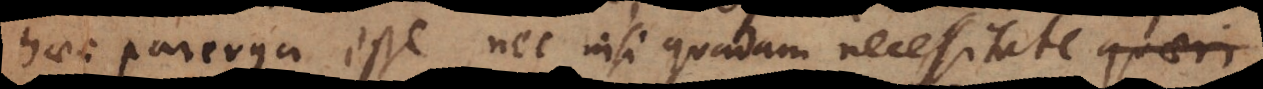
haec parerga esse, nec nisi quadam necessitate quae